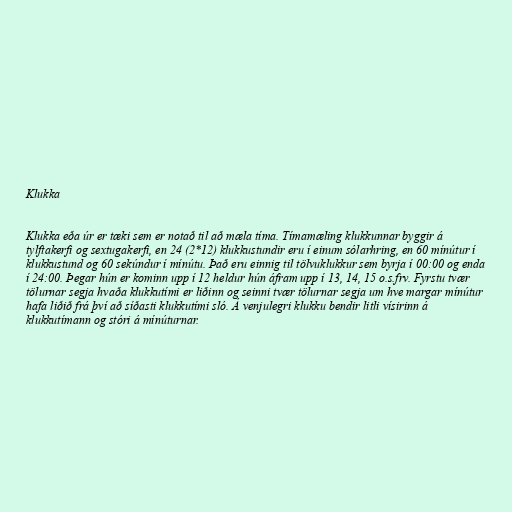
Klukka

Klukka eða úr er tæki sem er notað til að mæla tíma. Tímamæling klukkunnar byggir á
tylftakerfi og sextugakerfi, en 24 (2*12) klukkustundir eru í einum sólarhring, en 60 mínútur í
klukkustund og 60 sekúndur í mínútu. Það eru einnig til tölvuklukkur sem byrja í 00:00 og enda
í 24:00. Þegar hún er kominn upp í 12 heldur hún áfram upp í 13, 14, 15 o.s.frv. Fyrstu tvær
tölurnar segja hvaða klukkutími er liðinn og seinni tvær tölurnar segja um hve margar mínútur
hafa liðið frá því að síðasti klukkutími sló. Á venjulegri klukku bendir litli vísirinn á
klukkutímann og stóri á mínúturnar.